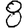
Digit: 8